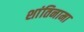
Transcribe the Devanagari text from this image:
शांतिनामा